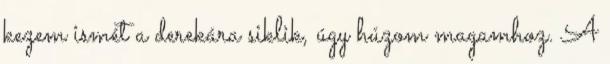
kezem ismét a derekára siklik, úgy húzom magamhoz. A